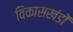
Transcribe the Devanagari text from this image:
विकासखंडों